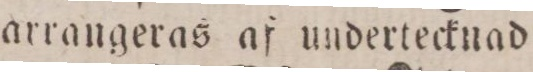
arrangeras af undertecknad